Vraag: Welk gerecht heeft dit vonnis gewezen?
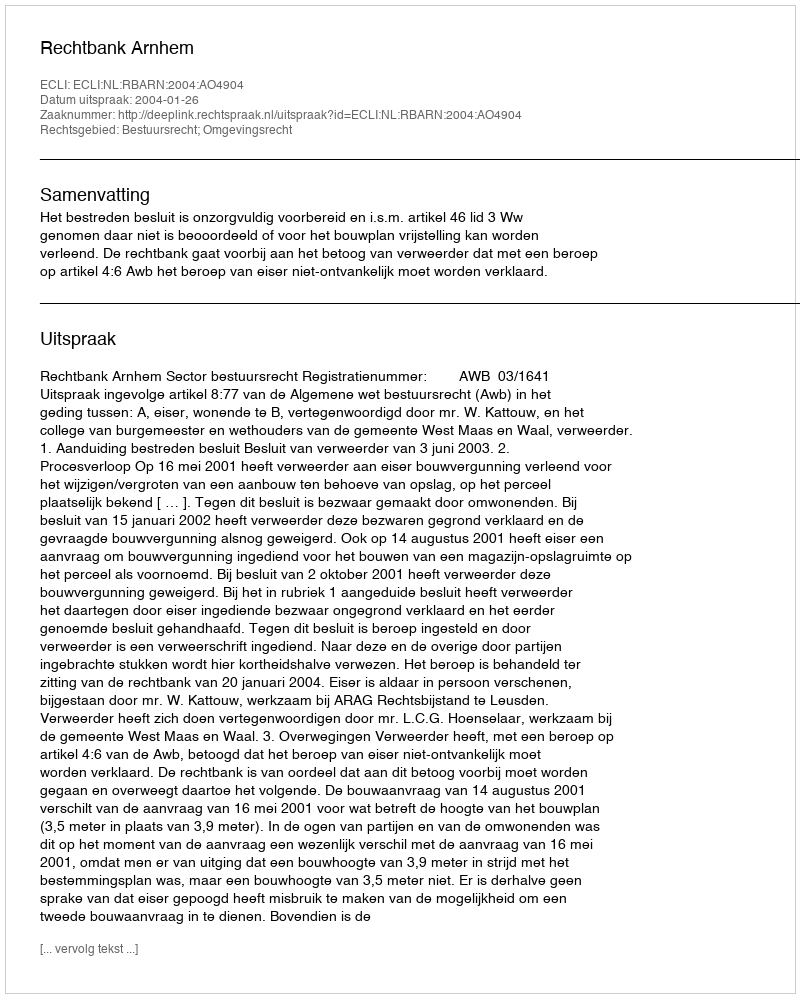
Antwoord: Rechtbank Arnhem